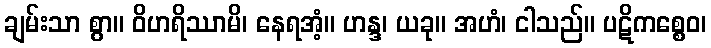
ချမ်းသာ စွာ။ ဝိဟရိဿာမိ၊ နေရအံ့။ ဟန္ဒ၊ ယခု။ အဟံ၊ ငါသည်။ ပဋိကစ္စေဝ၊